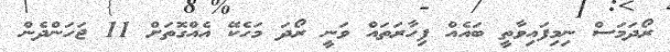
ރޯދަމަސް ނިމިފައިވާތީ ބައެއް ފިހާރަތައް ވަނީ ރޯދަ މަހެކޭ އެއްގޮތަށް 11 ޖަހަންދެން